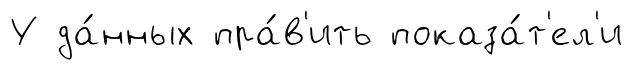
У да́нных пра́в'ить показа́т'ел'и